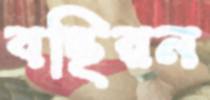
বছিরন